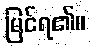
မြင်ရ၏။